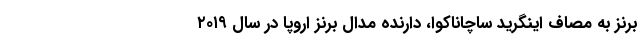
برنز به مصاف اینگرید ساچاناکوا، دارنده مدال برنز اروپا در سال ۲۰۱۹